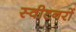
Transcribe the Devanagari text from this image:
स्वीटनरों